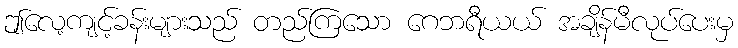
ဤလေ့ကျင့်ခန်းများသည် တည်ကြသော ဂေဘရီယယ် အချိန်မီလုပ်ပေးမှ